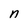
Character: n